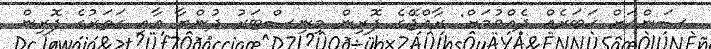
ސަންއަށް ޚަބަރެއް ދެއްވުމަށް: ރާއްޖޭގެ ފޮރިން މިނިސްޓަރު ދުންޔާ އާއި ގަތަރުގެ ފޮރިން